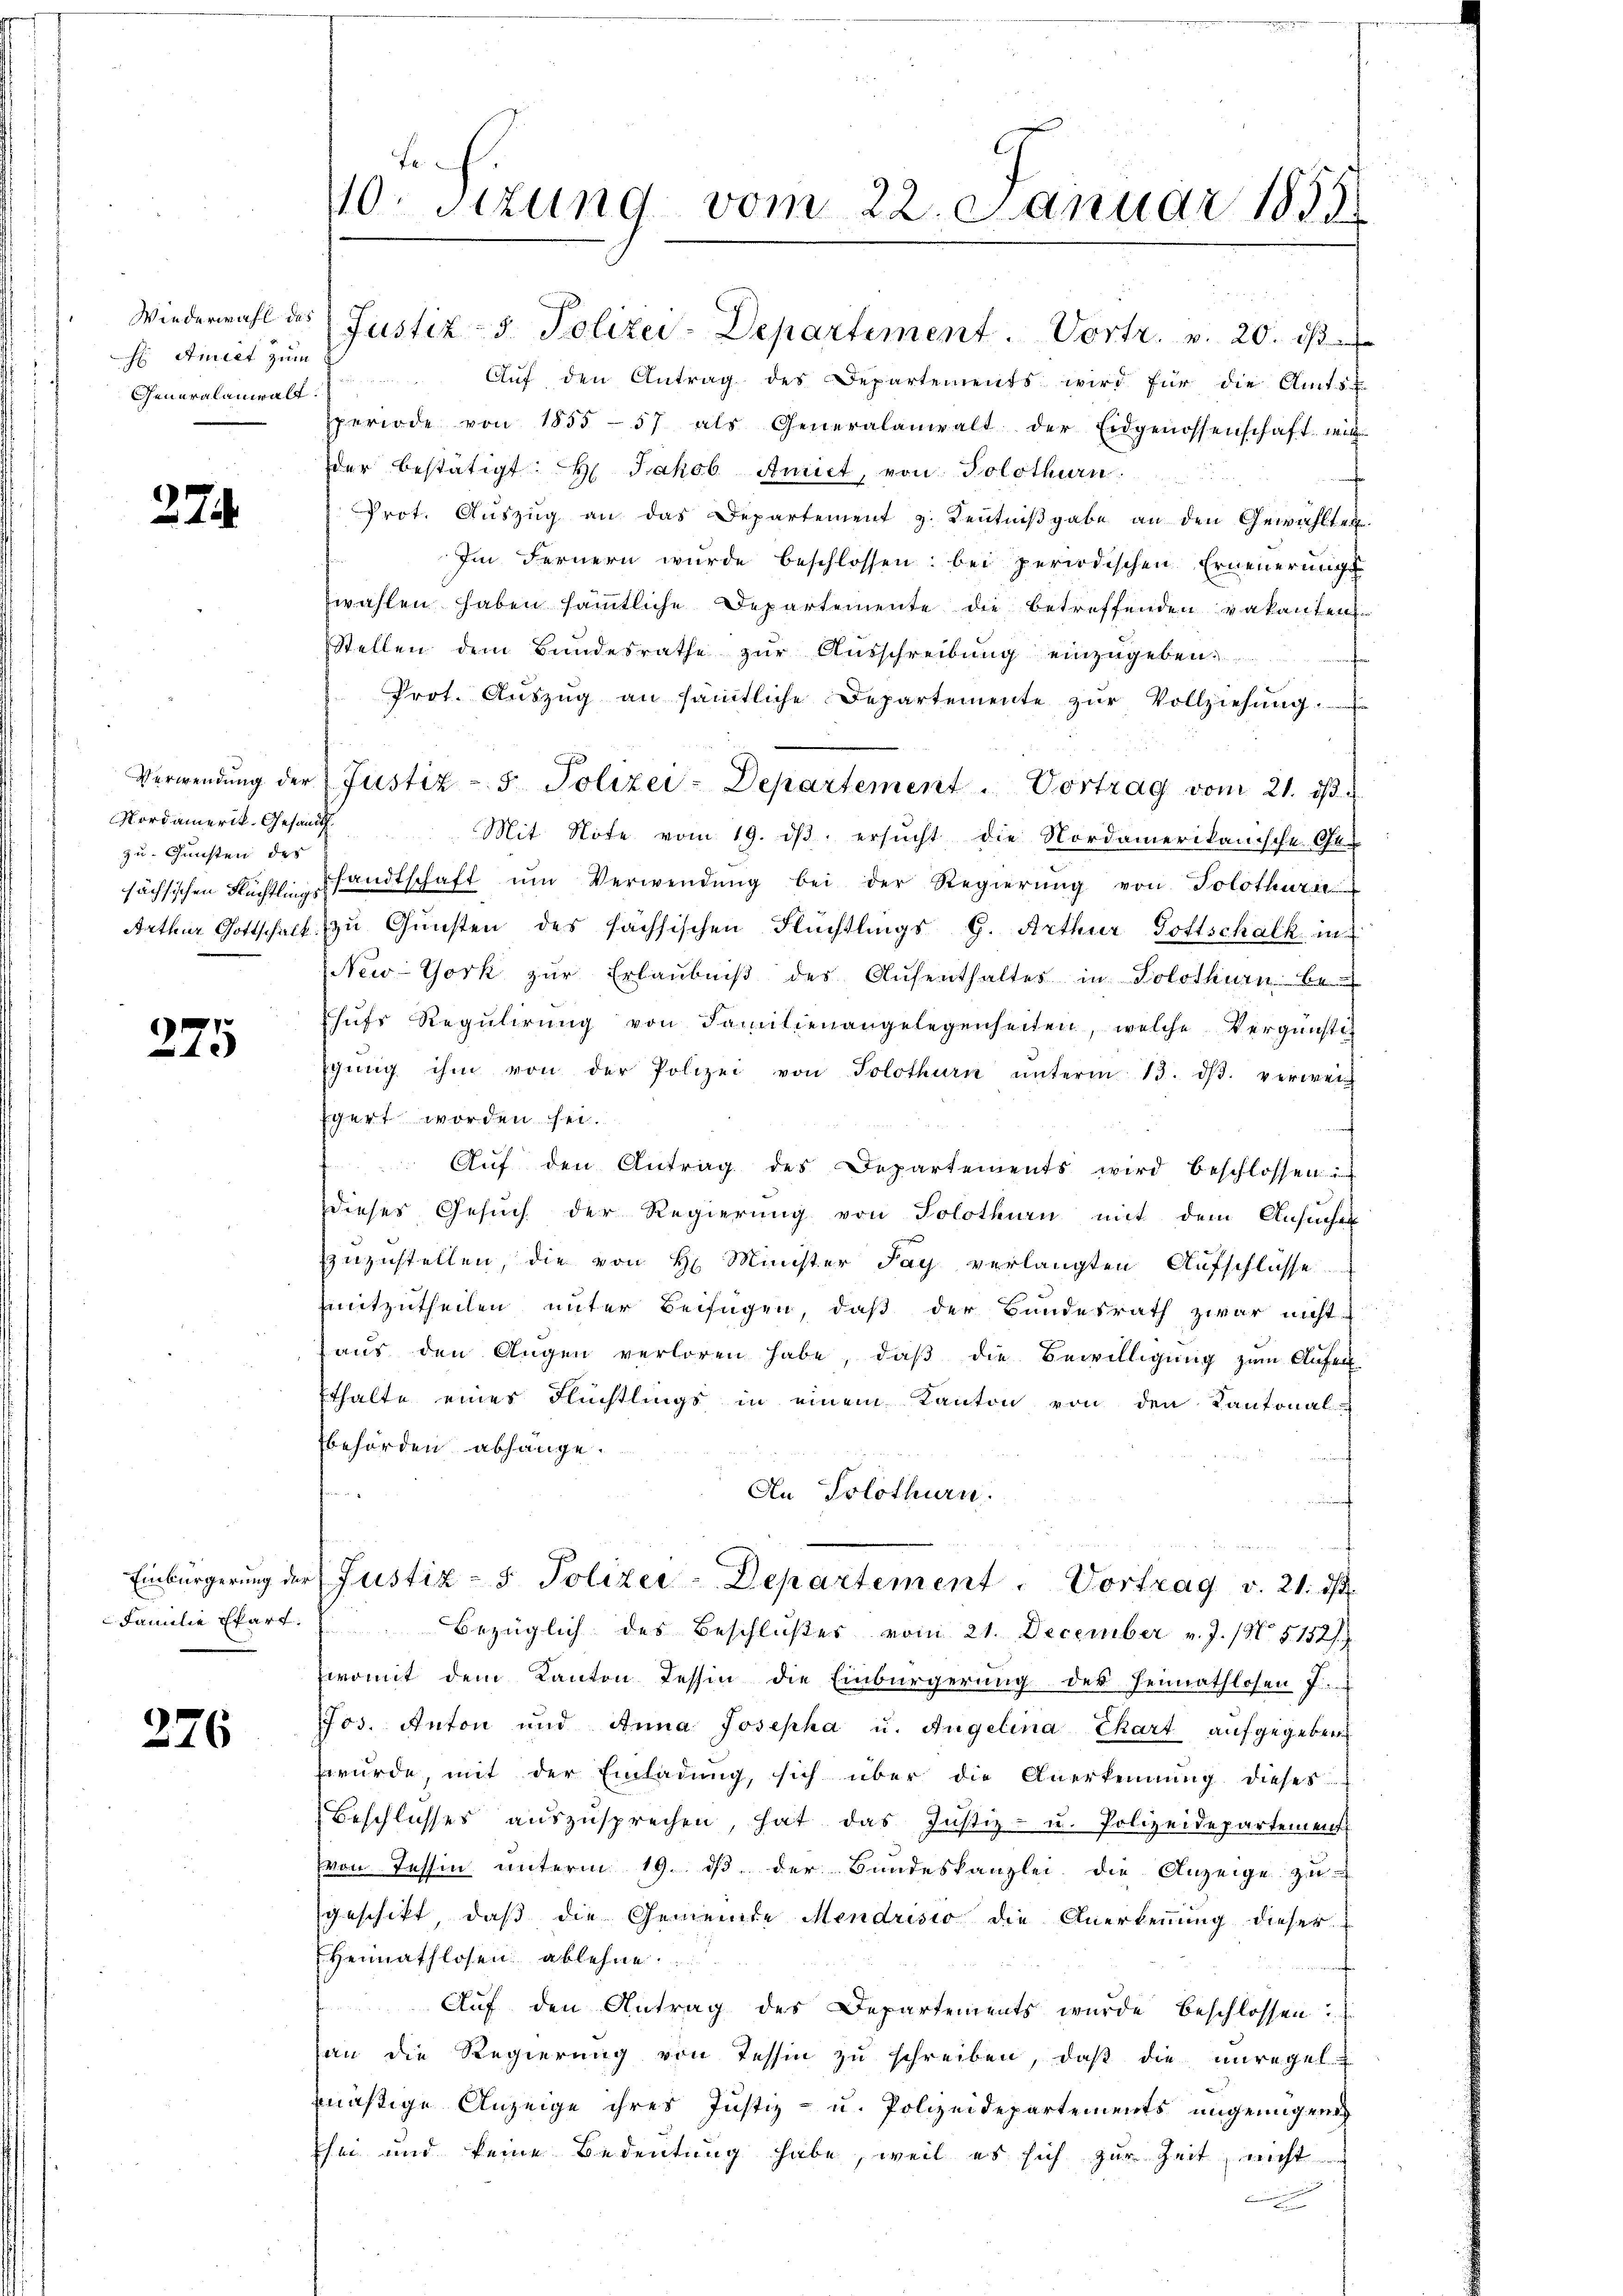
Amiet zum

374.

Nordamerik- Gesandt.
zu Gunsten des

275

Familie pfart.

276

Fr
10.sizung vom 22. Januar 1855

Generalanwalt. Aŭf den Antrag des Departements wird für die Amts-
eriode von 1855-57 als Generalanwalt der Eidgenossenschaft mit
der bestätigt. H. Jakob Amict, von Solothurn
Prot. Auszug an das Departement z. Kentnißgabe an den Gewählten
Im Fernern wurde beschlossen: bei periodischen Erneuerungs
zwahlen haben säṁtliche Departemente die betreffenden vakanten
Stellen dem Bundesrathe zur Ausschreibung einzugeben,
Prot. Auszug an sämtliche Departemente zur Vollziehung
Mit Note vom 19. ds. ersucht die Nordamerikanische Ge
sächsischen Flüchtig handtschaft ŭm Verwendŭng bei der Regierŭng von Solothur
Arthur Gottschalt zŭ Gŭnsten des fachsischen Flüchtlings G. Arthur Gottschalk in
New-York zur Erlaubniβ des Aŭfenthaltes in Solothurn be
hufs Regulirung von Familienangelegenheiten, welche Vergünstig
ging ihm von der Polizei von Solothurn ŭnterm 13. dβ. verweigert worden sei.
Aŭf den Antrag des Departements wird beschlossen
dieses Gesuch der Regierung von Solothurn mit dem Ansuches
zuzustellen, die von H. Minister Tag verlangten Aufschlüsse
mitzutheilen unter Beifügen, daß der Bundesrath zwar nicht-
aus den Augen verloren habe, daß die Bewilligung zum Aufen
Ethalte eines Flüchtlings in einem Kanton von den Kantonal-
behörden abhänge.
An Solothurn.
Einbürgerŭng der Justiz- & Polizer-Departement . Vortrag v. 21. ist.
Bezüglich des Beschlußes vom 21. December v. J. (N. § 152.
womit dem Kanton Tessin die Einbürgerung des Heimathlosen 7.
Jos. Anton und Anna Josepha u. Angelina Chart aufgegeben
würde, mit der Einladung, sich über die Anerkennung dieses
Beschlusses auszusprechen, hat das Justiz- u. Polizeidepartement
von Tessin unterm 19. dβ der Bundeskanzlei die Anzeige zu
geschikt, daß die Gemeinde Mendrisio die Anerkennung dieser
Heimathlosen ablehne
t
Auf den Antrag des Departements wurde beschlossen
an die Regierŭng von Tessin zŭ schreiben, daß die unregel
mäsige Anzeige ihres Justiz- u. Polizeidepartements ungenügend
sei und keine Bedeutung habe, weil es sich zur Zeit, nicht
b

Wiederwahl des Justiz- & Polizei-Departement. Vortr. v. 20. dβ

Verwendŭng der Justiz- & Polizei-Departement. Vortrag vom 21. d. 4.